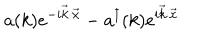
a ( k ) e ^ { - i \vec { k } \cdot \vec { x } } - a ^ { \dagger } ( k ) e ^ { i \vec { k } \cdot \vec { x } }